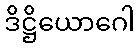
ဒိဋ္ဌိယောဂေါ